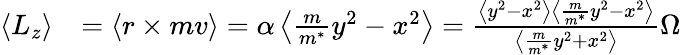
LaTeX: \begin{array}{rl}{\left<L_{z}\right>}&{=\left<r\times mv\right>=\alpha\left<\frac{m}{m^{*}}y^{2}-x^{2}\right>=\frac{\left<y^{2}-x^{2}\right>\left<\frac{m}{m^{*}}y^{2}-x^{2}\right>}{\left<\frac{m}{m^{*}}y^{2}+x^{2}\right>}\Omega}\end{array}